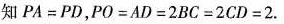
知$$P A = P D$$，$$P O = A D = 2 B C = 2 C D = 2$$.